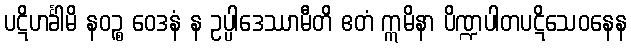
ပဋိဟင်္ခါမိ နဝဉ္စ ဝေဒနံ န ဥပ္ပါဒေဿာမီတိ ဧတံ ဣမိနာ ပိဏ္ဍပါတပဋိသေဝနေန